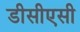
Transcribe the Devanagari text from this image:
डीसीएसी